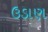
ઉડાણ